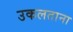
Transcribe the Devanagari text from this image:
उकलताना